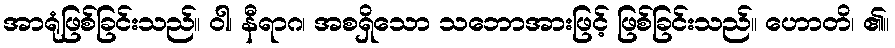
အာရုံဖြစ်ခြင်းသည်။ ဝါ၊ နီရာဂ၊ အစရှိသော သဘောအားဖြင့် ဖြစ်ခြင်းသည်။ ဟောတိ၊ ၏။